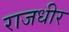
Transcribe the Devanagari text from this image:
राजधीर